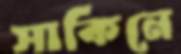
সাকিনে